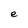
Character: e